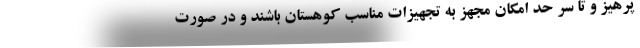
پرهیز و تا سر حد امکان مجهز به تجهیزات مناسب کوهستان باشند و در صورت